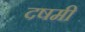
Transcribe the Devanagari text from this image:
दषमी